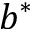
b ^ { * }